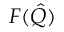
F ( \hat { Q } )